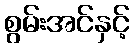
စွမ်းအင်နှင့်